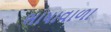
ભાષાવાળા